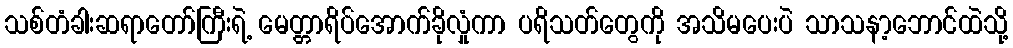
သစ်တံခါးဆရာတော်ကြီးရဲ့ မေတ္တာရိပ်အောက်ခိုလှုံကာ ပရိသတ်တွေကို အသိမပေးပဲ သာသနာ့ဘောင်ထဲသို့